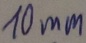
Text: 10mm